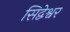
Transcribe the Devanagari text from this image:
सिद्वेश्वर